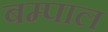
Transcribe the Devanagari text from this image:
बम्पाल